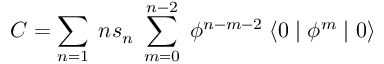
C = \sum _ { n = 1 } \; n s _ { n } \; \sum _ { m = 0 } ^ { n - 2 } \; \phi ^ { n - m - 2 } \; \langle 0 \mid \phi ^ { m } \mid 0 \rangle